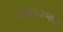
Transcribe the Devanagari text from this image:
ओंकारात्मक